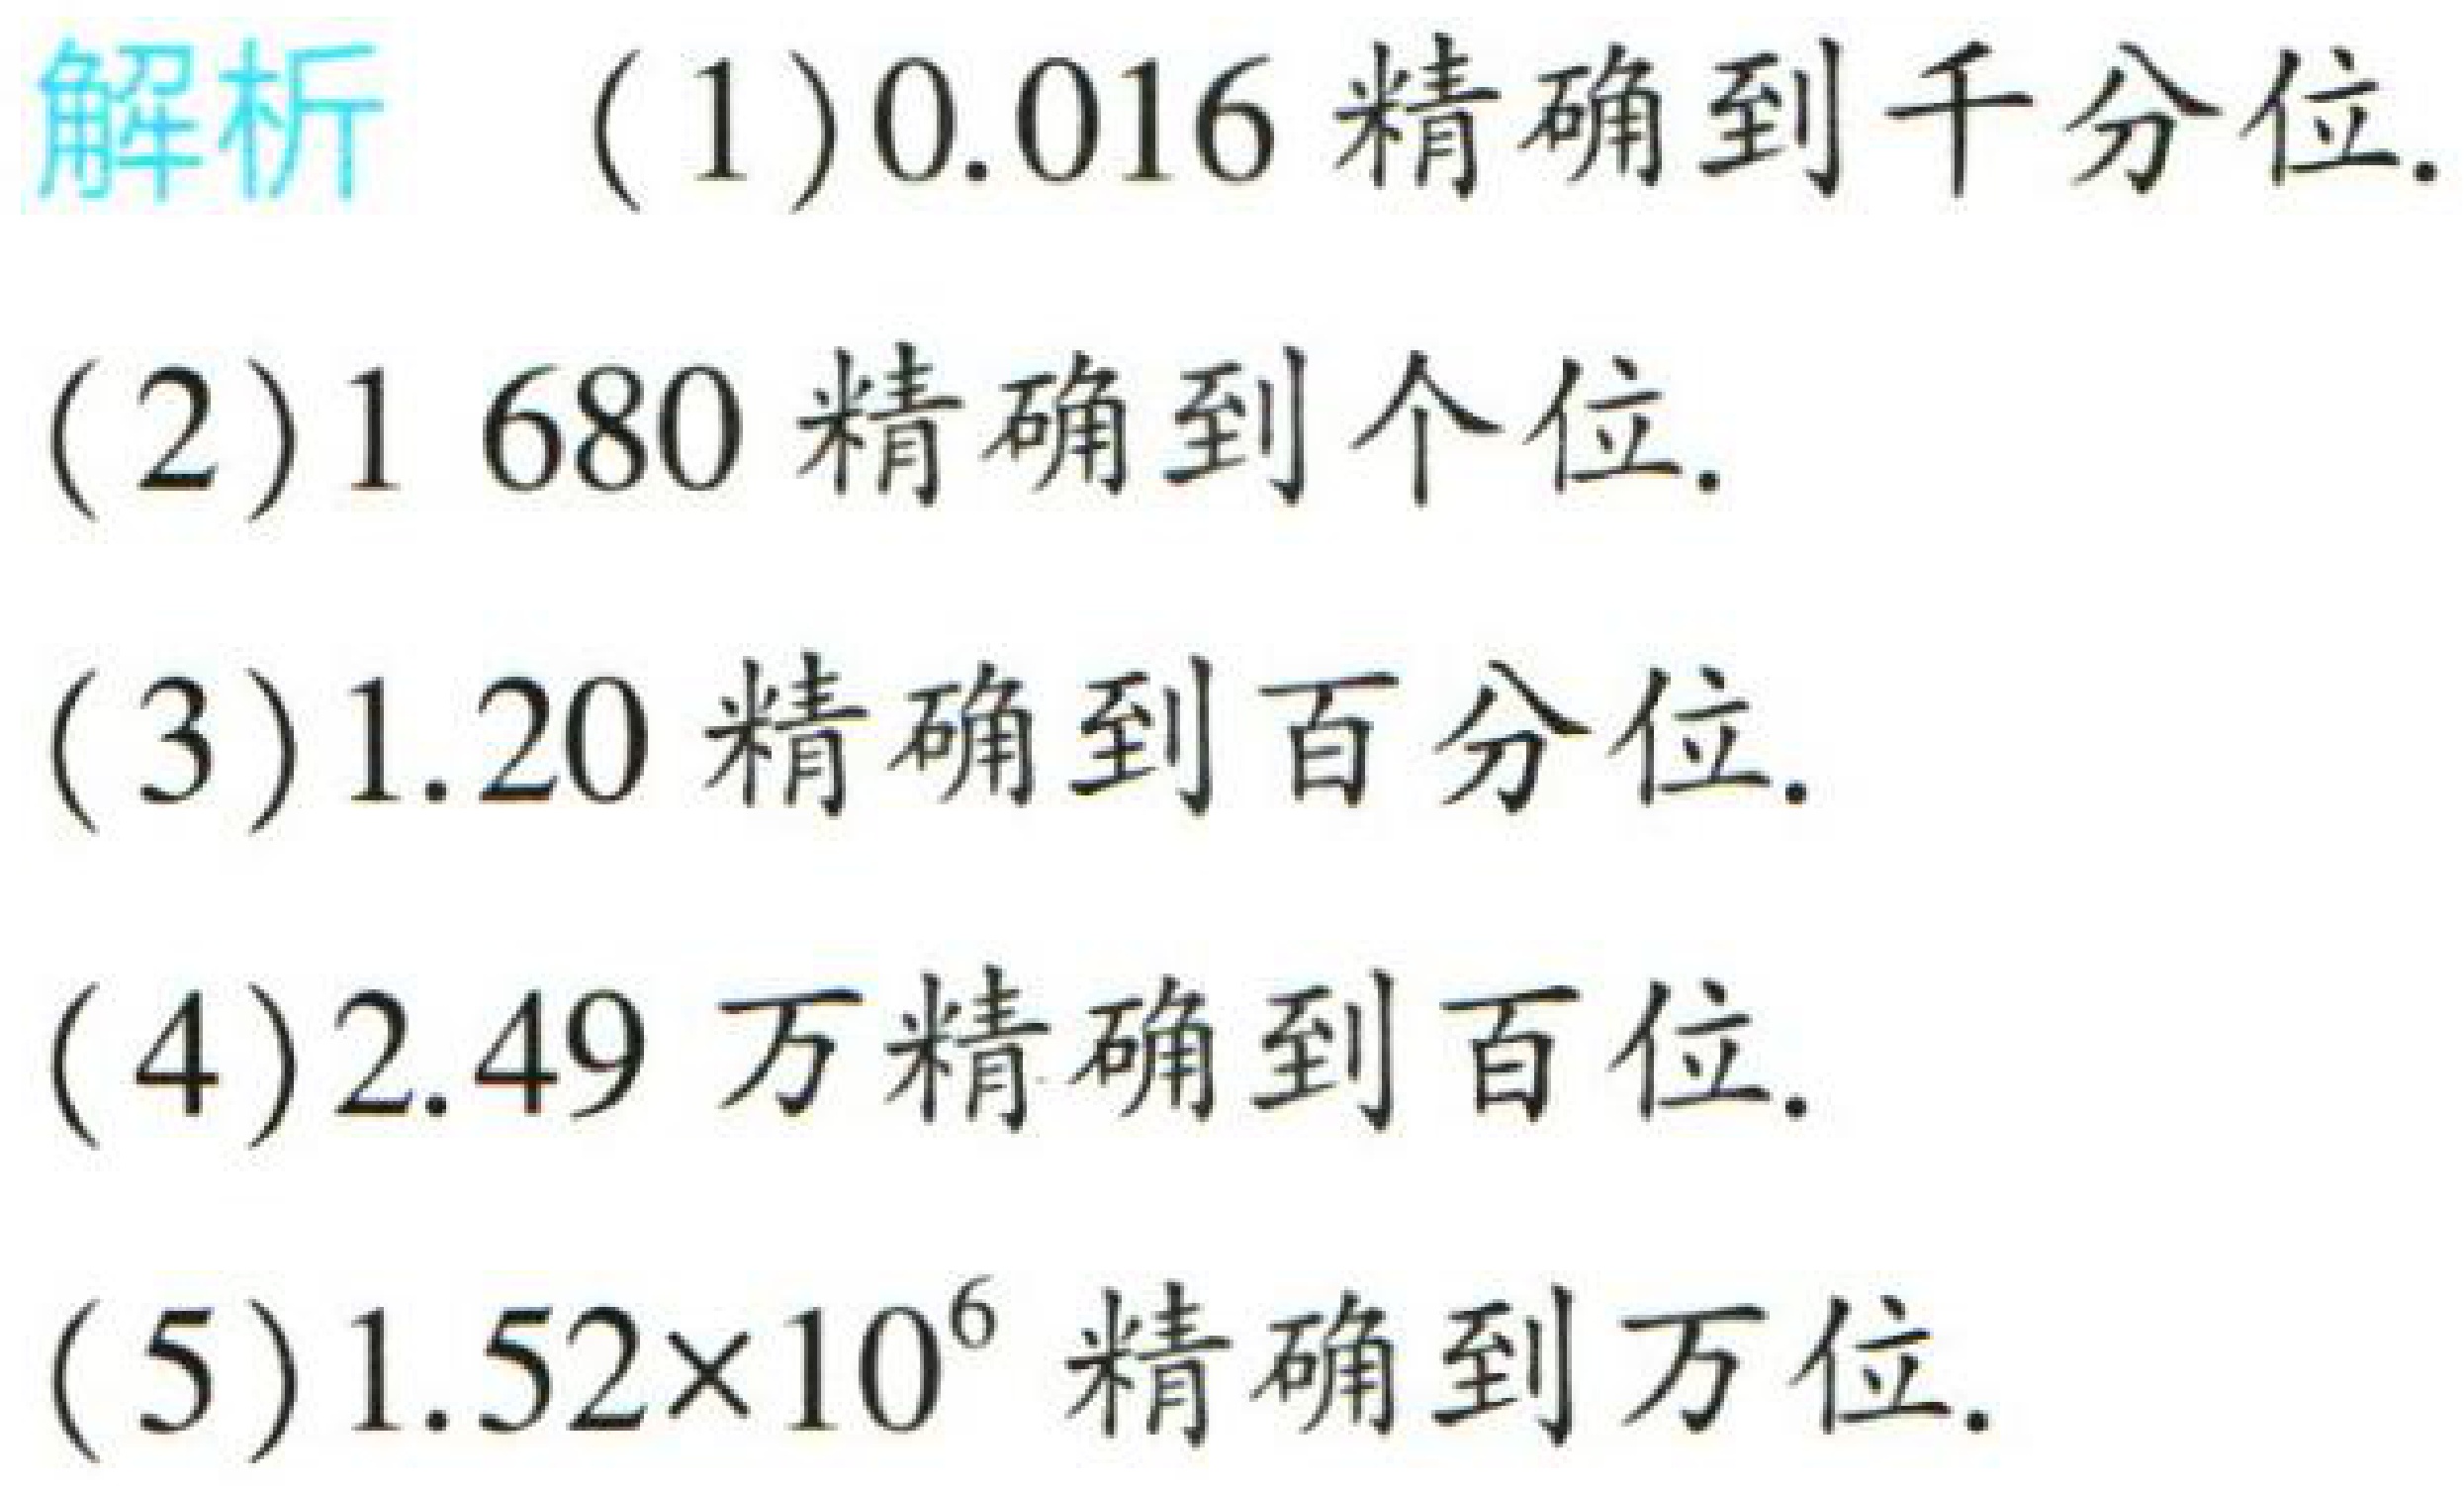
解析 （1）\(0.016\)精确到千分位.
（2）\(1680\)精确到个位.
（3）\(1.20\)精确到百分位.
（4）\(2.49\)万精确到百位.
（5）\(1.52\times 10^{6}\)精确到万位.